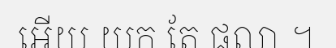
អើយ យក តែ ផលា ។